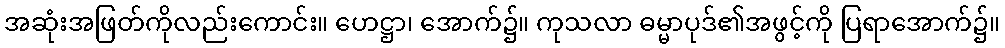
အဆုံးအဖြတ်ကိုလည်းကောင်း။ ဟေဋ္ဌာ၊ အောက်၌။ ကုသလာ ဓမ္မာပုဒ်၏အဖွင့်ကို ပြရာအောက်၌။